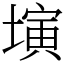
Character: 𡐔